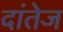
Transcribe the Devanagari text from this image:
दांतेज